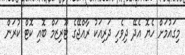
މިގައުމަށް ހެޔޮ އެދޭ ދިވެހި ދަރިއަކު ރާއްޖޭގެ ޓޫރިޒަމް ބޮއި ކޮޓް ކުރަން